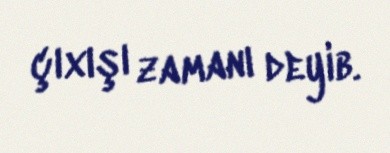
çıxışı zamanı deyib.